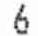
6